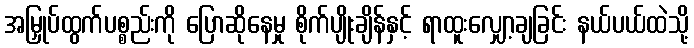
အမြှုပ်ထွက်ပစ္စည်းကို ပြောဆိုနေမှု စိုက်ပျိုးချိန်နှင့် ရာထူးလျှော့ချခြင်း နယ်ပယ်ထဲသို့